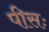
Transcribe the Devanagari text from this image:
पीसः